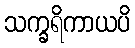
သက္ခရိကာယပိ